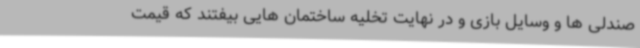
صندلی ها و وسایل بازی و در نهایت تخلیه ساختمان هایی بیفتند که قیمت